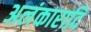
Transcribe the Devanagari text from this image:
अलंकारादि